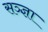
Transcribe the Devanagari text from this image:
सञ्ज्ञा